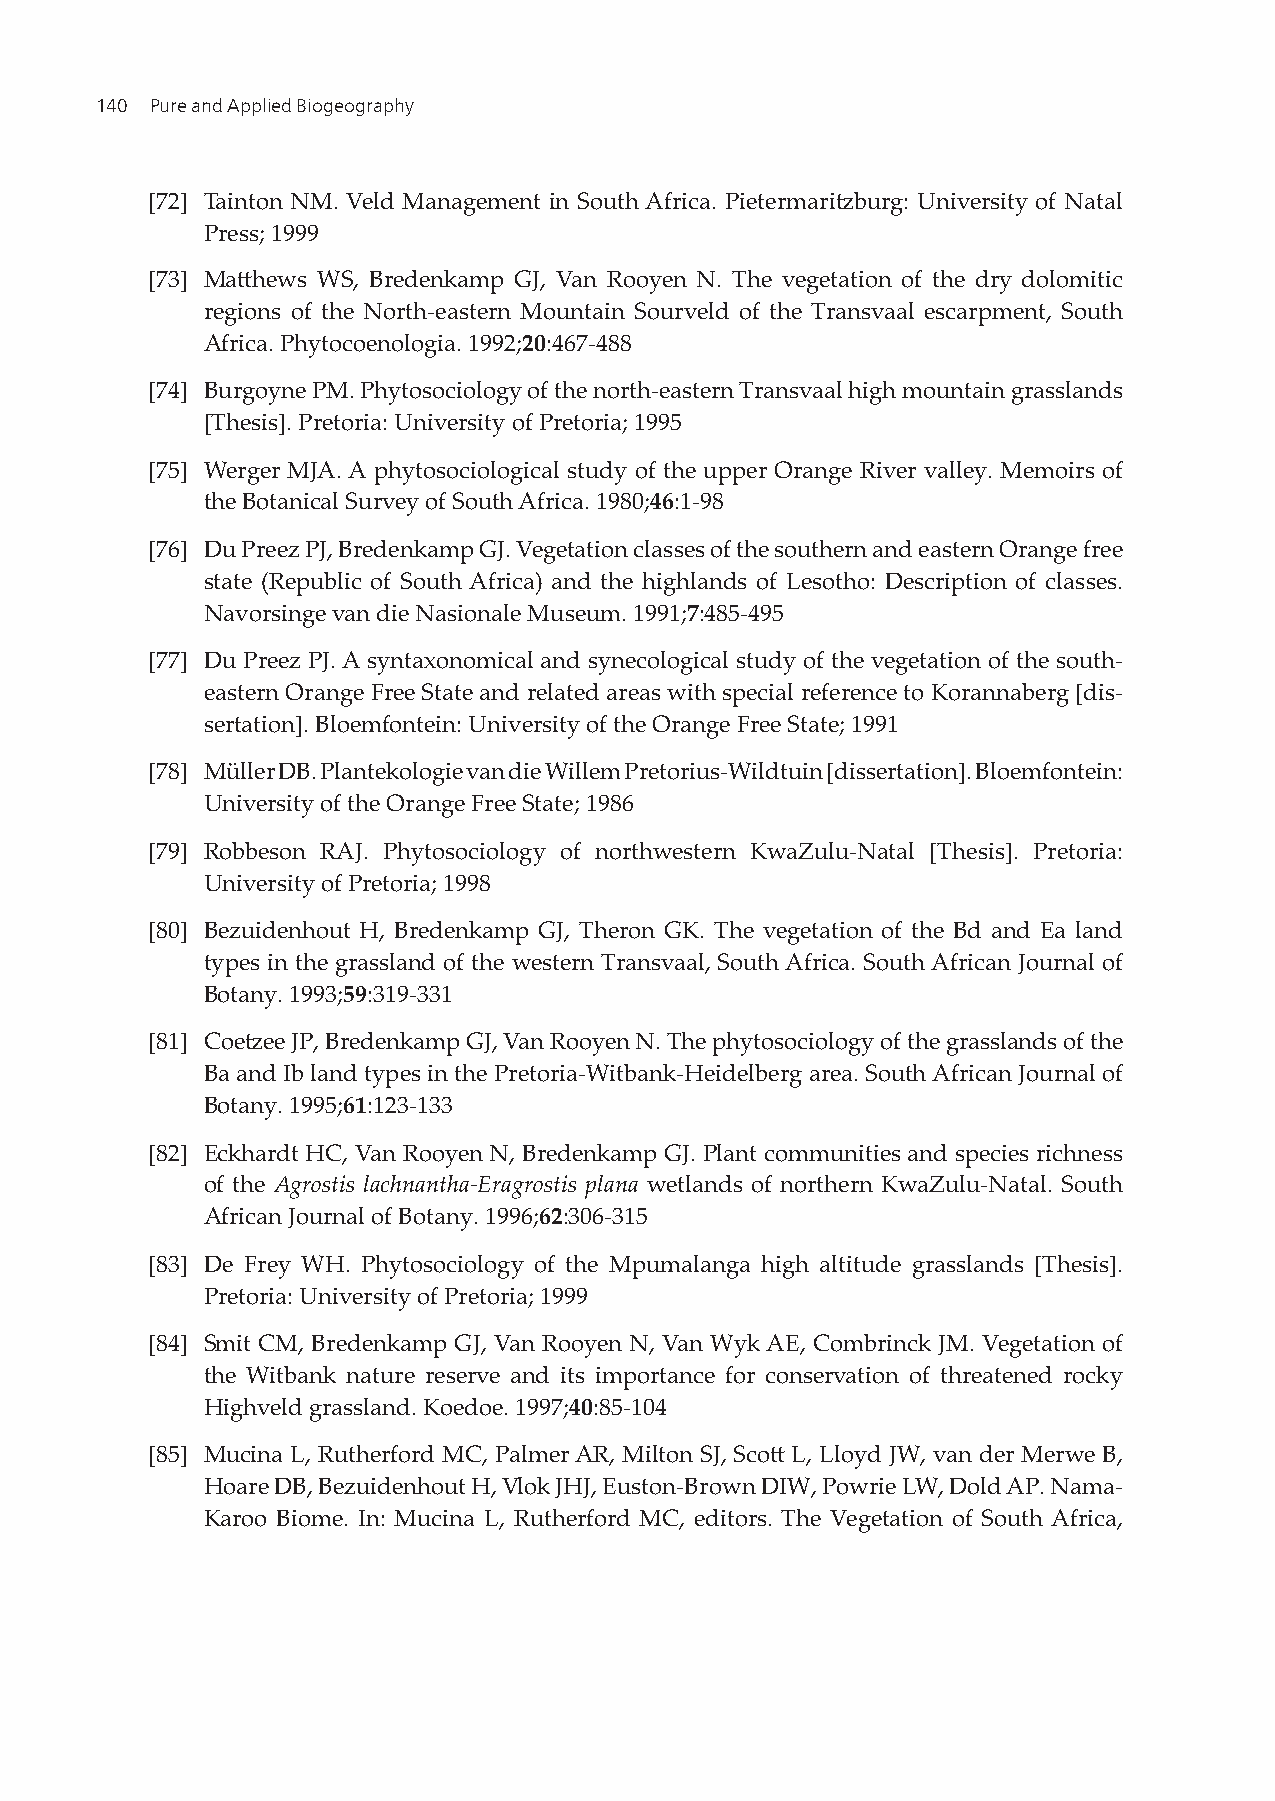
140 Pure and Applied Biogeography
 [72] Tainton NM. Veld Management in South Africa. Pietermaritzburg: University of Natal
 Press; 1999
 [73] Matthews WS, Bredenkamp GJ, Van Rooyen N. The vegetation of the dry dolomitic
 regions of the North-eastern Mountain Sourveld of the Transvaal escarpment, South
 Africa. Phytocoenologia. 1992;20:467-488
 [74] Burgoyne PM. Phytosociology of the north-eastern Transvaal high mountain grasslands
 [Thesis]. Pretoria: University of Pretoria; 1995
 [75] Werger MJA. A phytosociological study of the upper Orange River valley. Memoirs of
 the Botanical Survey of South Africa. 1980;46:1-98
 [76] Du Preez PJ, Bredenkamp GJ. Vegetation classes of the southern and eastern Orange free
 state (Republic of South Africa) and the highlands of Lesotho: Description of classes.
 Navorsinge van die Nasionale Museum. 1991;7:485-495
 [77] Du Preez PJ. A syntaxonomical and synecological study of the vegetation of the south-
 eastern Orange Free State and related areas with special reference to Korannaberg [dis-
 sertation]. Bloemfontein: University of the Orange Free State; 1991
 [78] Müller DB. Plantekologie van die Willem Pretorius-Wildtuin [dissertation]. Bloemfontein:
 University of the Orange Free State; 1986
 [79] Robbeson RAJ. Phytosociology of northwestern KwaZulu-Natal [Thesis]. Pretoria:
 University of Pretoria; 1998
 [80] Bezuidenhout H, Bredenkamp GJ, Theron GK. The vegetation of the Bd and Ea land
 types in the grassland of the western Transvaal, South Africa. South African Journal of
 Botany. 1993;59:319-331
 [81] Coetzee JP, Bredenkamp GJ, Van Rooyen N. The phytosociology of the grasslands of the
 Ba and Ib land types in the Pretoria-Witbank-Heidelberg area. South African Journal of
 Botany. 1995;61:123-133
 [82] Eckhardt HC, Van Rooyen N, Bredenkamp GJ. Plant communities and species richness
 of the Agrostis lachnantha-Eragrostis plana wetlands of northern KwaZulu-Natal. South
 African Journal of Botany. 1996;62:306-315
 [83] De Frey WH. Phytosociology of the Mpumalanga high altitude grasslands [Thesis].
 Pretoria: University of Pretoria; 1999
 [84] Smit CM, Bredenkamp GJ, Van Rooyen N, Van Wyk AE, Combrinck JM. Vegetation of
 the Witbank nature reserve and its importance for conservation of threatened rocky
 Highveld grassland. Koedoe. 1997;40:85-104
 [85] Mucina L, Rutherford MC, Palmer AR, Milton SJ, Scott L, Lloyd JW, van der Merwe B,
 Hoare DB, Bezuidenhout H, Vlok JHJ, Euston-Brown DIW, Powrie LW, Dold AP. Nama-
 Karoo Biome. In: Mucina L, Rutherford MC, editors. The Vegetation of South Africa,